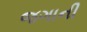
જગાની